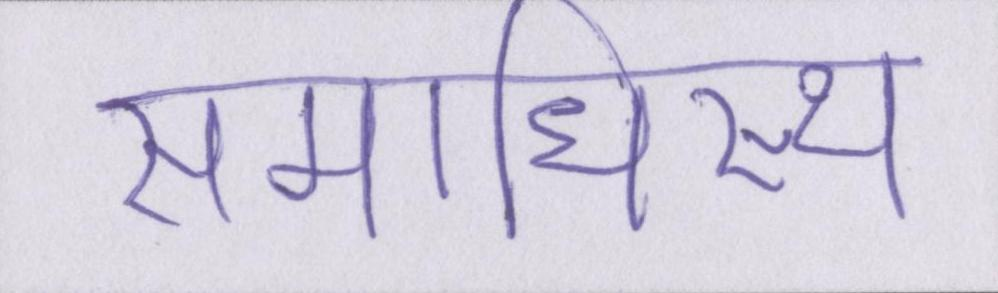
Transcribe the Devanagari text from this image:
समाधिस्थ